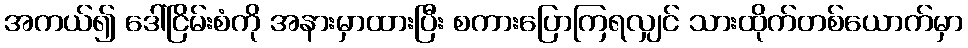
အကယ်၍ ဒေါ်ငြိမ်းစံကို အနားမှာထားပြီး စကားပြောကြရလျှင် သားထိုက်တစ်ယောက်မှာ